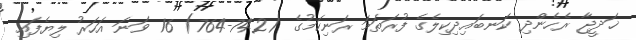
ޚަދީޖާ ރެހެންދި ކަނބައިދިކިލެގެ ފުރަތަމަ ރަނިކަމުގެ (742-764) 16 ވަނަ އަހަރު ލިޔެފައި